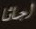
اجاثا